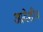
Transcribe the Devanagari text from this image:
आदेशीय